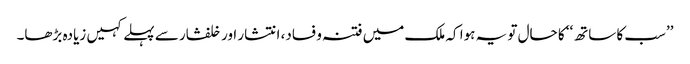
’’سب کا ساتھ‘‘ کا حال تو یہ ہوا کہ ملک میں فتنہ و فساد، انتشار اور خلفشار سے پہلے کہیں زیادہ بڑھا۔